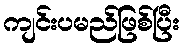
ကျင်းပမည်ဖြစ်ပြီး